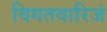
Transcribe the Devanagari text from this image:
विगतवारिजं